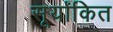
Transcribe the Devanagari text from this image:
सूर्यांकित